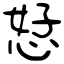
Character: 恏